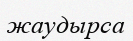
жаудырса